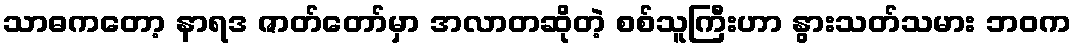
သာဓကတော့ နာရဒ ဇာတ်တော်မှာ အလာတဆိုတဲ့ စစ်သူကြီးဟာ နွားသတ်သမား ဘဝက